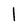
Character: 1